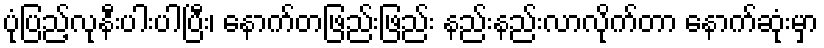
ပုံပြည့်လုနီးပါးပါပြီး၊ နောက်တဖြည်းဖြည်း နည်းနည်းလာလိုက်တာ နောက်ဆုံးမှာ